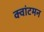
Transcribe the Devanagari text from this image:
क्वांटमन